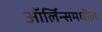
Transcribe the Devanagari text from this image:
ऑर्लिन्समधील